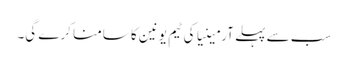
سب سے پہلے آرمینیا کی ٹیم یونین کا سامنا کرے گی۔